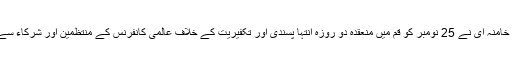
ولی امر مسلمین جہان آیت اللہ العظمٰی سید علی خامنہ ای نے 25 نومبر کو قم میں منعقدہ دو روزہ انتہا پسندی اور تکفیریت کے خلاف عالمی کانفرنس کے منتظمین اور شرکاء سے تہران میں ملاقات کی اور ان سے خطاب کیا۔